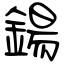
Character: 鍚